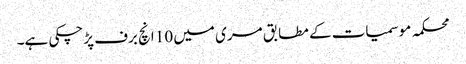
محکمہ موسمیات کے مطابق مری میں 10 انچ برف پڑچکی ہے۔